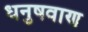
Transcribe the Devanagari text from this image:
धनुषवाण